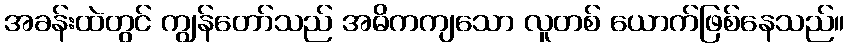
အခန်းထဲတွင် ကျွန်တော်သည် အဓိကကျသော လူတစ် ယောက်ဖြစ်နေသည်။